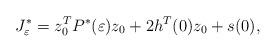
LaTeX: \begin{align*} J_{\varepsilon}^{*}= z_{0}^{T}P^{*}(\varepsilon)z_{0} +2h^{T}(0)z_{0}+s(0),\end{align*}